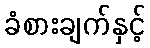
ခံစားချက်နှင့်